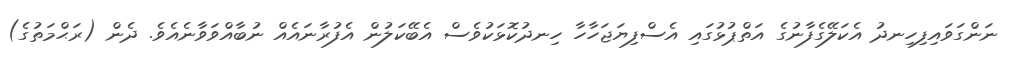
ނަންގަވައިފިހިނދު އެކަލޭގެފާނުގެ އަތްޕުޅުގައި އެސްފިޔަޖަހާހާ ހިނދުކޮޅަކުވެސް އެބޭކަލުން އެފުރާނައެއް ނުބާއްވަވާނެއެވެ. ދެން (ރަޙްމަތުގެ)